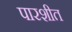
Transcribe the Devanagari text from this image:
पारशीत